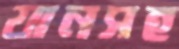
যানসহ